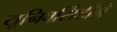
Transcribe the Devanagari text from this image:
यूनिवर्सिटीने